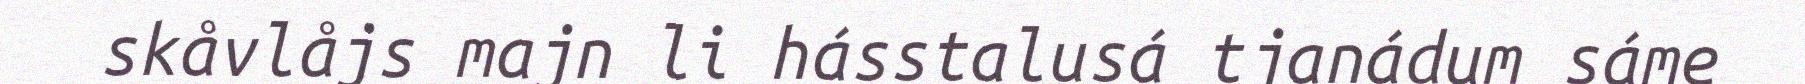
skåvlåjs majn li hásstalusá tjanádum sáme